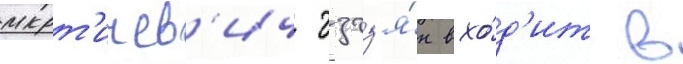
мкрт'ичев'ич гзгз'я́н вхо́д'ит в